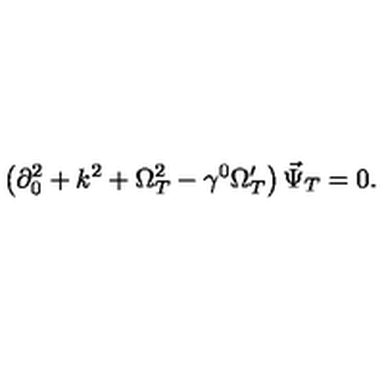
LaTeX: \left( \partial _ { 0 } ^ { 2 } + k ^ { 2 } + \Omega _ { T } ^ { 2 } - \gamma ^ { 0 } \Omega _ { T } ^ { \prime } \right) \vec { \Psi } _ { T } = 0 .